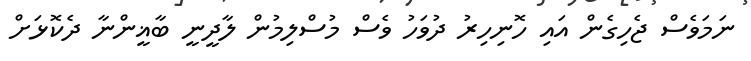
ނަމަވެސް ޖެހިގެން އައި ހޮނިހިރު ދުވަހު ވެސް މުސްލިމުން ލާދީނީ ބާޣީންނާ ދެކޮޅަށް